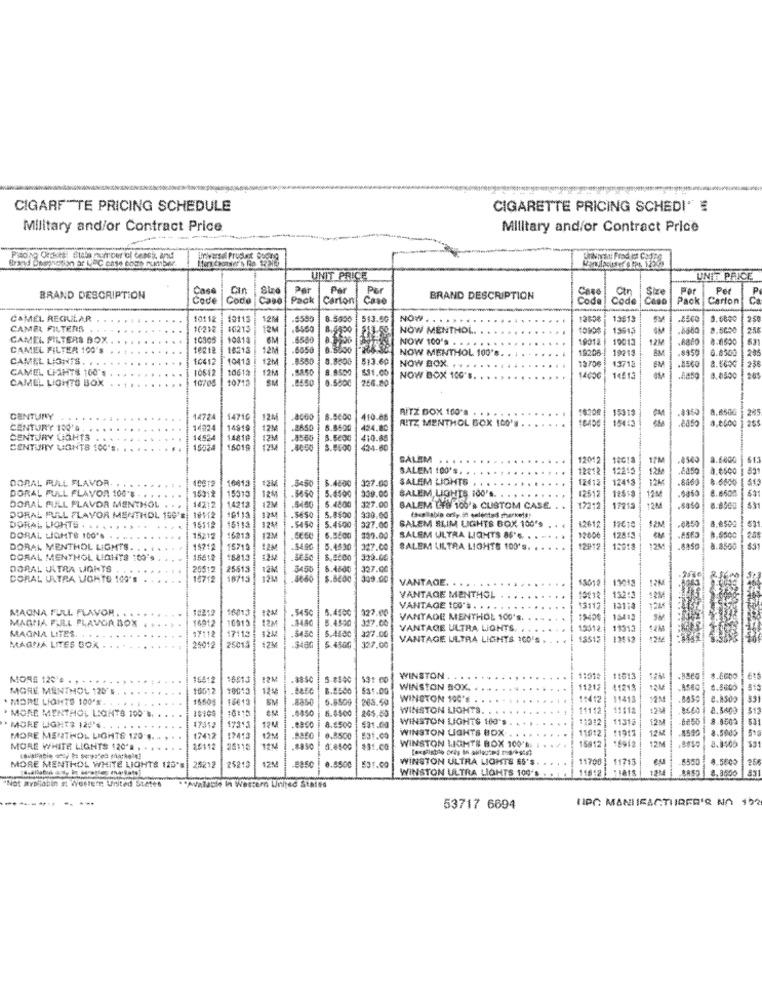
CIGARF"TE PRICING SCHEDULE
CIGARETTE PRICING SCHEDI'
Military and/or Contract Price
Military and/or Contract Price
Peony Orais Stale number of Cases and
UNIT PRICE
UNIT PRICE
Case
Cin
Per
Par
per
Ctn
Size
Per
Per
P
BRAND DESCRIPTION
Code
Code
Pack
Carton
Cave
BRAND DESCRIPTION
Case
Code
Pack
Carton
CAMEL REGULAR
10112
10115
12MM
.500€
513.50
NOW. . . ....
13613
0.6800
CAMEL FILTERS
10212
10213
NOW MENTHOL.
8.5650
25
CAMEL FILTERS BOX .
10818
OM
8580
19012
10013
Aat
4.0500
CAMEL FILTER 100'S .
10212
16213
6850
NOW 100'. . . . .
9215
AM
.8959
205
CAMEL LIGHTS. ..
16412
10412
$2M
$580
$13.60
NOW MENTHOL 100's. . . .
1820
1.8500
CAMEL CHTHYS 100's
10642
10612
12M
631.00
NOW BOX.
15718
14/13
.8560
CAMEL LIGHTS BOX
10712
SM
9.5500
266.80
NOW BOX 100'S
14056
1.0500 285
RITZ DOX 100'S . . . .
CENTURY
1472
4710
24
6.5600
410.66
AITZ MENTHOL BOX 100'# .
1.313
14924
14910
424.80
0.0600
CENTURY GOHTS
4819
410.88
CENTURY UIGNTB 100'S.
1500
8019
424-60
SALEM
120
17M
4500
8.660€
61.
SALEM 100's. .
12219
1200
časo
eso
DORAL FULL FLAVOR.
10012
10013
3450
5.4800
327.00
SALEM LIGHTS
12012
12418
DORAL PULL FLAVOR 100'8
339.00
SALEM LIGHTS 100'S.
12M
DORAL PULL FLAVOR MENTHOL
....
15312
5013
1246
5.4500
327.00
.....
12512
12558
14213
12M
5.4800
SALEM LYS 100'à CUSTOM CASE.
172:2
17212
.8050
DORAL PULL FLAVOR MENTHOL 100'S
9113
1218
-sese
5.4600
5.8500
339.60
SALEM SLIM LIGHTS BOX 100's
(es ablo orly in eelectod sherkets!
DORAL LIGHTS ..
15512
16:13
-5450
327.00
42612
11615
12M
DORAL LIGHTB 100'S
1521
16813
12M
339.00
SALEM ULTRA LIGHTS 85'S. . . ..
12006
12813
eses
3.6500
DORAL MENTHOL LIGHTS.
14212
15715
12M
5.45.30
327.00
SALEM ULTRA LIGHTE 100's. . . .
12%
.8500
DORAL MENTHOL LIGHTS 100's
150 18
8813
38.50
8,2200
335.00
DORAL ULTRA WANTS
20512
25513
5.4600
327.00
DORAL ULTRA LIGHTO 100's
8713
34.50
349.00
VANTAGE.
11019
12M
VANTAGE MENTHOL
8.4500
327.00
VANTAGE ICO'* . . . .
13117
MAGNA FULL FLAVOR. ..
MAGNA PULL PLAVOIR BOX
5450
327.00
VANTADE MENTHOL 100's.
MAGNA LITES.
16912
10913
VANTAGE ULTRA LIGHTS. . .
12312 19313
1243
17:13
327.00
327.00
VANTAGE ULTRA LICHTS 100'S
MAGNA LITES BOX ..
25012
23013
MORE 120'#
164:2
6613
121
.3850
5-8500
WINSTON .
11513
11013
8.6600
6t
MORE MENTHOL 120'#
10012
:0013
124
8.8500
531.00
WINSTON BOX.
11212 | 41218
12M
. MORE LIGHTS 100'N .
15013
SM
6.4509
263.50
WINSTON 100'E
11412
11413
12M
. MORE MENTHOL LIGHTS 100 %
-4450
6.4500
WINSTON LIGHTS
11112
11118
12M
8.3600
$12
17352
265.50
WINSTON LIGHTS 10'S
$1312
12 M
6250
8-8500
MORE LIGHTS 120'4.
17313
12M
8.5500
$31.00
WINSTON LIGHTS BOX
11212
11912
12M
8.5005
MORE MENTHOL LIGHTS 120
17412
17413
12M
£31.00
11012
16912
12M
MORE WHITE LIGHTS 120'R ,
26112
25115
12%
5.4500
$31.00
WINSTON LIGHTE BOX 100'S.
15812
12M
WINSTON ULTRA LIGHTS ES'S
11700
11713
eu
-8500
8.5600
MORE MENTHOL WHITE LIGHTS 125'S
25212
25213
0.5500
$31.00
19812
"Not avaliabin #: Wester United States
er
ned States
WINSTON ULTRA LIGHTS 100's .
53717 6694